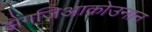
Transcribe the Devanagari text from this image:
झैंगजिआकोउनान